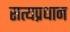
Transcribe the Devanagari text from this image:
सत्यप्रधान